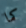
كما